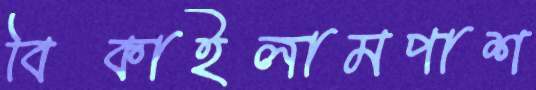
বিকাইলামপাশ